Lunatic asylums United Prov. 1922-30 - 1922-1930
Year: 1922
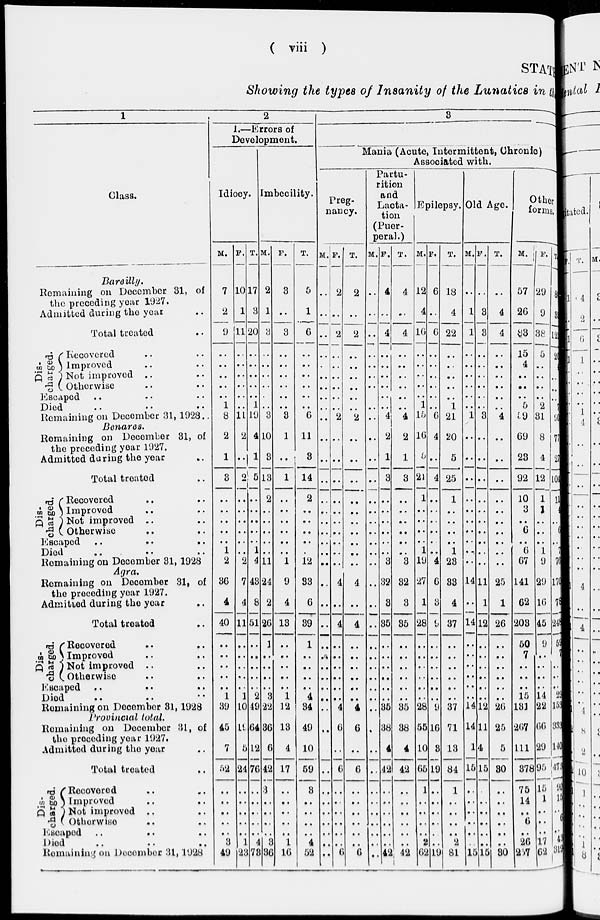
( viii )
STATE
Showing the types of Insanity of the Lunatics in the
1
Class.
Bareilly.
Remaining on December 31, of
the proceding year 1927.
Admitted during the year ..
Total treated ..
Dis-
charged.
Recovered .. ..
Improved .. ..
Not improved .. ..
Otherwise .. ..
Escaped .. .. ..
Died .. .. ..
Remaining on December 31, 1928..
Benares.
Remaining on December 31, of
the preceding year 1927.
Admitted daring the year ..
Total treated ..
Dis-
charged.
Recovered .. ..
Improved .. ..
Not improved .. ..
Otherwise .. ..
Escaped .. .. ..
Died .. .. ..
Remaining on December 31, 1928
Agra.
Remaining on December 31, of
the preceding year 1927.
Admitted during the year ..
Total treated ..
Dis-
charged,
Recovered .. ..
Improved .. ..
Not improved .. ..
Otherwise .. ..
Escaped .. .. ..
Died .. .. ..
Remaining on December 31,1928
Provincial total.
Remaining on December 31, of
the proceding year 1927.
Admitted during the year ..
Total treated ..
Dis-
charged.
Recovered .. ..
Improved .. ..
Not improved .. ..
Otherwise .. ..
Escaped .. .. ..
Died .. .. ..
Remaining on December 31,1928
2
1.—Errors of
Development.
Idiocy.
M.
7
2
9
..
..
..
..
..
1
8
2
1
8
..
..
..
..
..
1
2
36
4
40
..
..
..
..
..
1
39
45
7
52
..
..
..
..
..
3
49
F.
10
1
11
..
..
..
..
..
..
11
2
..
2
..
..
..
..
..
..
2
7
4
11
..
..
..
..
..
1
10
19
5
24
..
..
..
..
..
1
23
T.
17
3
20
..
..
..
..
..
1
19
4
1
5
..
..
..
..
..
1
4
43
8
51
..
..
..
..
..
2
49
64
12
76
..
..
..
..
..
4
78
Imbecility.
M.
2
1
3
..
..
..
..
..
..
3
10
3
13
2
..
..
..
..
..
11
24
2
26
1
..
..
..
..
3
22
36
6
42
3
..
..
..
..
3
36
F.
3
..
3
..
..
..
..
..
..
3
1
..
1
..
..
..
..
..
..
1
9
4
13
..
..
..
..
..
1
12
13
4
17
..
..
..
..
..
1
16
T.
5
1
6
..
..
..
..
..
..
6
11
3
14
2
..
..
..
..
..
12
33
6
39
1
..
..
..
..
4
34
49
10
59
3
..
..
..
..
4
52
3
Mania (Acute, Intermittent, Chronic)
Associated with.
Preg-
nancy.
M.
..
..
..
..
..
..
..
..
..
..
..
..
..
..
..
..
..
..
..
..
..
..
..
..
..
..
..
..
..
..
..
..
..
..
..
..
..
..
..
..
F.
2
..
2
..
..
..
..
..
..
2
..
..
..
..
..
..
..
..
..
..
4
..
4
..
..
..
..
..
..
4
6
..
6
..
..
..
..
..
..
6
T.
2
..
2
..
..
..
..
..
..
2
..
..
..
..
..
..
..
..
..
..
4
..
4
..
..
..
..
..
..
4
6
..
6
..
..
..
..
..
..
6
Partu-
rition
and
Lacta-
tion
(Puer-
peral.)
M.
..
..
..
..
..
..
..
..
..
..
..
..
..
..
..
..
..
..
..
..
..
..
..
..
..
..
..
..
..
..
.
..
..
..
..
..
..
..
..
..
F.
4
..
4
..
..
..
..
..
..
4
2
1
3
..
..
..
..
..
..
3
32
3
35
..
..
..
..
..
..
35
38
4
42
..
..
..
..
..
..
42
T.
4
..
4
..
..
..
..
..
..
4
2
1
3
..
..
..
..
..
..
3
32
3
35
..
..
..
..
..
..
35
38
4
42
..
..
..
..
..
..
42
Epilepsy.
M.
12
4
16
..
..
..
..
..
1
15
16
5
21
1
..
..
..
..
1
19
27
1
28
..
..
..
..
..
..
28
55
10
65
1
..
..
..
..
2
62
F.
6
..
6
..
..
..
..
..
..
6
4
..
4
..
..
..
..
..
..
4
6
3
9
..
..
..
..
..
..
9
16
3
19
..
..
..
..
..
..
19
T.
18
4
22
..
..
..
..
..
1
21
20
5
25
1
..
..
..
..
1
23
33
4
37
..
..
..
..
..
..
37
71
13
84
1
..
..
..
..
2
81
Old Age.
M.
..
1
1
..
..
..
..
..
..
1
..
..
..
..
..
..
..
..
..
..
14
..
14
..
..
..
..
..
..
14
14
1
15
..
..
..
..
..
..
15
F.
..
3
3
..
..
..
..
..
..
3
..
..
..
..
..
..
..
..
..
..
11
1
12
..
..
..
..
..
..
12
11
4
15
..
..
..
..
..
..
15
T.
..
4
4
..
..
..
..
..
..
4
..
..
..
..
..
..
..
..
..
..
25
1
26
..
..
..
..
..
..
26
25
5
30
..
..
..
..
..
..
30
Other
forms.
M.
57
26
83
15
4
..
..
..
5
59
69
23
92
10
3
..
6
..
6
67
141
62
203
50
7
..
..
..
15
131
267
111
378
75
14
..
6
..
26
257
F.
29
9
88
5
..
..
..
..
2
31
8
4
12
1
1
..
..
..
1
9
29
16
45
9
..
..
..
..
14
22
66
29
95
15
1
..
..
..
17
62
T.
8
3
12
20
4
..
..
..
..
90
77
27
104
11
4
..
6
..
7
76
170
78
248
59
7
..
..
..
29
152
333
140
473
90
15
..
6
..
43
319